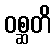
ဝစ္ဆတိ